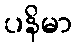
ပနိမာ